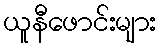
ယူနီဖောင်းများ